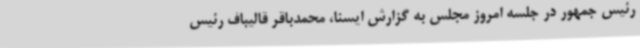
رئیس جمهور در جلسه امروز مجلس به گزارش ایسنا، محمدباقر قالیباف رئیس